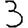
Digit: 3